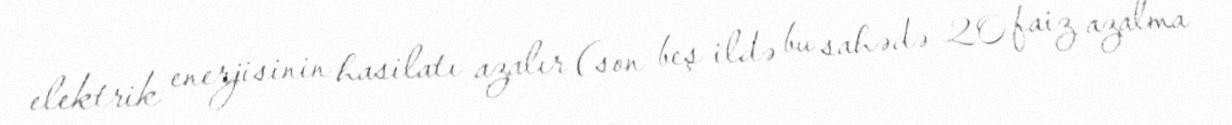
elektrik enerjisinin hasilatı azalır (son beş ildə bu sahədə 20 faiz azalma